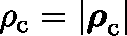
\rho _ { \mathrm { c } } = | \boldsymbol { \mathbf { \rho } } _ { \mathrm { c } } |